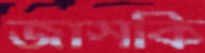
জাসকি